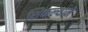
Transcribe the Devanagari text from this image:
शिकल्याने